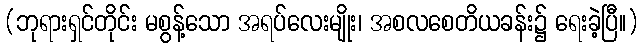
(ဘုရားရှင်တိုင်း မစွန့်သော အရပ်လေးမျိုး၊ အစလစေတိယခန်း၌ ရေးခဲ့ပြီ။)